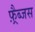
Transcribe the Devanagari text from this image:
फ़्रैब्जस